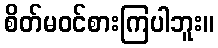
စိတ်မဝင်စားကြပါဘူး။